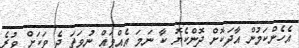
އެހެންކަމުން އާދަކޮށް ދޮންކެޔޮ ކާ ނަމަ އެއްވައް ނުވަތަ ދެ ވަކަށް ވުރެ